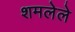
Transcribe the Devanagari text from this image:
शमलेले